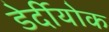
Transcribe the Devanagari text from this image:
डेर्दीयोक